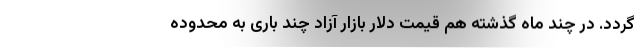
‌گردد. در چند ماه گذشته هم قیمت دلار بازار آزاد چند باری به محدوده